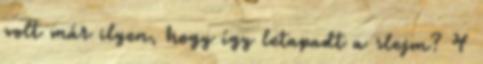
volt már ilyen, hogy így letapadt a slejm? 4